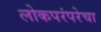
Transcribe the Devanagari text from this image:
लोकपरंपरेचा